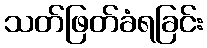
သတ်ဖြတ်ခံရခြင်း